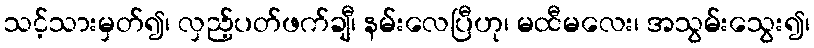
သင့်သားမှတ်၍၊ လှည့်ပတ်ဖက်ချီ၊ နမ်းလေပြီဟု၊ မထီမလေး၊ အသွမ်းသွေး၍၊